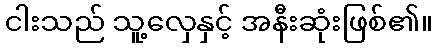
ငါးသည် သူ့လှေနှင့် အနီးဆုံးဖြစ်၏။